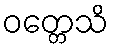
ဝတ္တေသိ